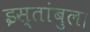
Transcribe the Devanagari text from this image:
इस्तांबुल।